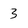
Character: 3